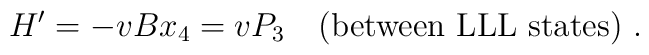
H' = -v B x_4 = v P_3\quad (\mbox{between LLL states})\ .